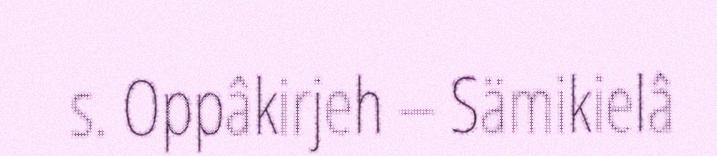
s. Oppâkirjeh – Sämikielâ